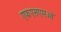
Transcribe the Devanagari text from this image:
एफएसएमओ